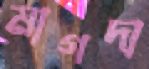
মাগদা